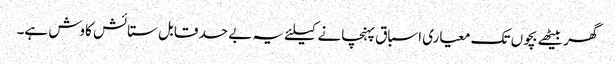
گھر بیٹھے بچوں تک معیاری اسباق پہنچانے کیلئے یہ بے حد قابل ستائش کاوش ہے۔